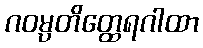
ဂဝမ္ပတိတ္ထေရဂါထာ